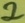
Text: 2